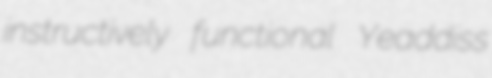
instructively functional Yeaddiss